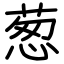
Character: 葱